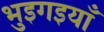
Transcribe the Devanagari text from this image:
भुइगइयाँ